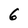
Character: 6